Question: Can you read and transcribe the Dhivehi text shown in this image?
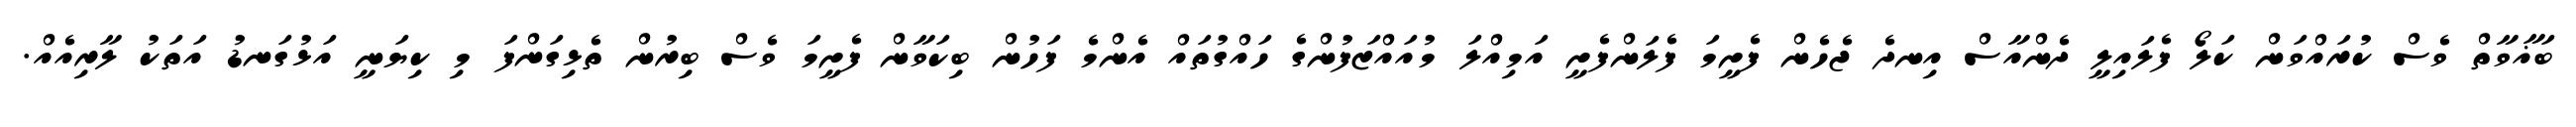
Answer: ބަޣާވާތް ވެސް ކުރައްވަން ކަލޯ ފެލައިލީ ދެންއާސް އިނދެ ޖެހެން ފެށީމަ ފެލަންފެށީ އަމިއްލަ މުއައްޒަފުންގެ ހައްގުތައް އެންމެ ފަހުން ބިކަވާން ފެށީމަ ވެސް ބިރުން ތެޅިގަންފަ މި ކިޔަނީ އަޅުގަނޑު އަތަކު ލާރިއެއް.